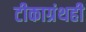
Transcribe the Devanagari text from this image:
टीकाग्रंथही